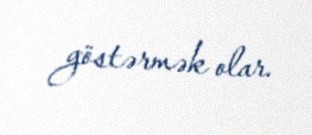
göstərmək olar.